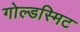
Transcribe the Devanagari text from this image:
गोल्डस्मिट